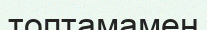
топтамамен